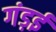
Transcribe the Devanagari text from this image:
गंड़ई